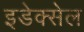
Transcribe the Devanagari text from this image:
इडेक्सेल